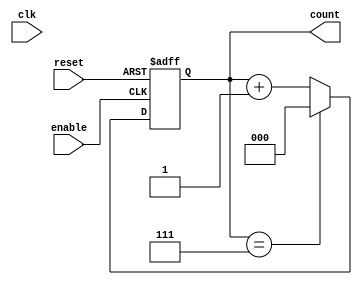
module mod_n_async_counter #(parameter N = 8) (
    input wire clk,          // Clock signal (not used in this asynchronous design)
    input wire reset,        // Asynchronous reset signal
    input wire enable,       // Asynchronous enable signal
    output reg [2:0] count   // 3-bit output for count (up to 7 for Mod-8)
);
    
    // Internal signal to determine when to reset the counter
    wire reset_condition;
    
    // Combinational logic to detect when the count reaches N
    assign reset_condition = (count == (N - 1));

    // Asynchronous counter logic
    always @(posedge enable or posedge reset) begin
        if (reset) begin
            count <= 3'b000; // Reset counter to 0
        end else if (enable) begin
            if (reset_condition) begin
                count <= 3'b000; // Reset counter when it reaches N
            end else begin
                count <= count + 1; // Increment counter
            end
        end
    end

endmodule